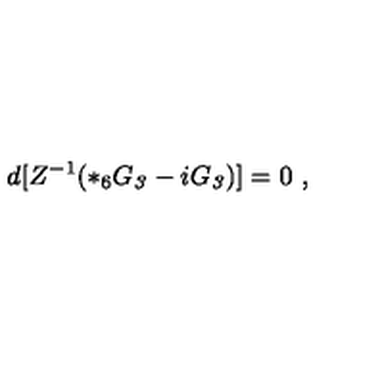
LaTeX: d [ Z ^ { - 1 } ( * _ { 6 } G _ { \it 3 } - i G _ { \it 3 } ) ] = 0 \ ,